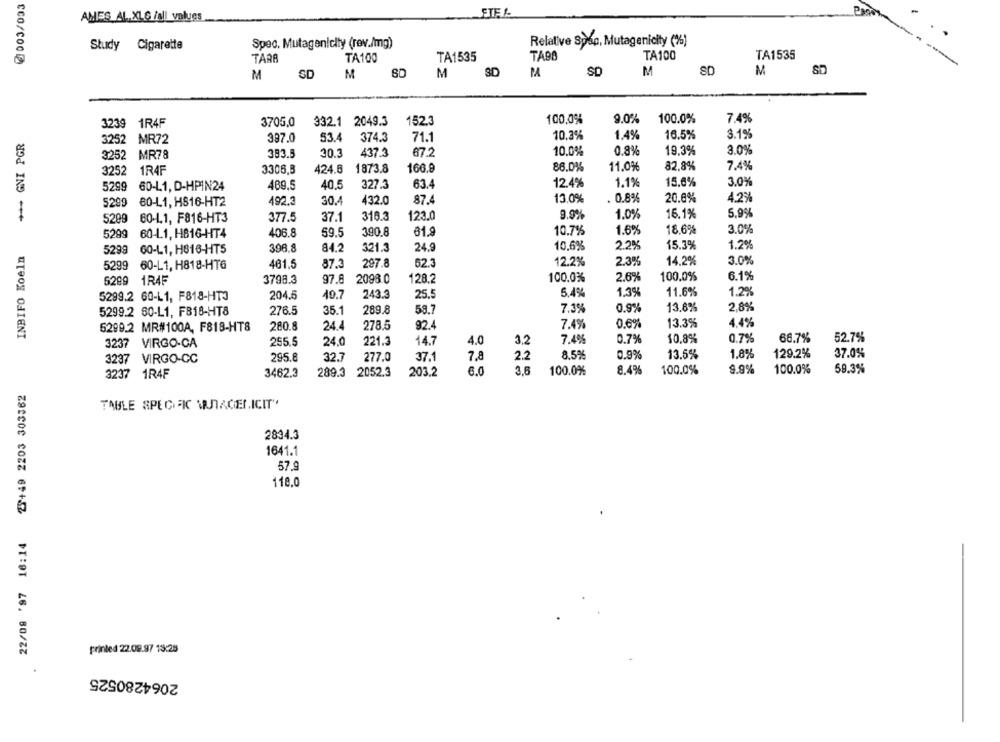
AMES AL.XLG /all values
Spec. Mutagenicity (rev./mg)
Relative Spéc, Mutagenicity (%)
Study Cigarette
TARA
TA100
TA1535
TA98
TA100
TA1535
M
SD
M
SD
M
SD
PA
SD
M
SD
M
7,4%
3239
1R4F
3705,0
332.1 2049.3
152.3
100,0%
9.0%
100.0%
3.1%
INBIFO Koeln +++ GNI PGR
3252
MR72
387.0
53.4
374.3
71.1
10.3%
1.4%
16.5%
3252
MR78
383.5
30.3
437.3
67.2
10.0%
0.8%
19,3%
3.0%
3252
1R4F
3306,3
424.6
1873.8
166.9
86.0%
11.0%
82.8%
7.4%
5299
60-L1, D-HPIN24
489,5
40.5
327.3
63.4
12.4%
1.1%
15.0%
3.0%
30.4
432.0
87.4
13.0%
0.8%
20.8%
4.2%
5299
80-L1, HS16-HT2
492.3
123.0
9.9%
1.0%
16.1%
5,9%
5299
60-1.1, F816-HT3
377.5
37.1
316.3
10.7%
1.6%
18.6%
3.0%
5299
60-L1, HB16-HT4
406.8
59.5
390.8
61.9
1.2%
5299
60-L1, H816-HT5
396.8
84.2
321.3
24.9
10,6%
2.2%
15.3%
5299
60-L1, H818-HT6
461.5
87.3
297.8
62.3
12.2%
2.3%
14.2%
3.0%
6299
1RAF
3798.3
97.8
2098.0
128.2
100.0%
2.6%
100.0%
6.1%
5299.2 60-L1, F818-HT3
204.5
40.7
243.3
25.5
5.4%
1.3%
11.6%
1.2%
5299.2 80-L1, F818-HT8
276.5
35.1
289.8
58.7
7.3%
0.9%
13.8%
2.8%
280.8
24.4
278.5
92.4
7.4%
0.6%
13.3%
4.4%
5299.2 MR#100A, F818-HT8
255.5
24.0
221.3
14.7
4.0
3,2
7.4%
0.7%
10,8%
0.7%
66.7%
52.7%
3237 VIRGO-CA
295.8
32.7
37.1
7.8
2.2
8.5%
0.9%
13.5%
1.8%
129.2%
37.0%
3237 VIRGO-CC
277.0
6.0
3,6
100.0%
8.4%
100.0%
9.9%
100.0%
59.3%
3237 1R4F
3462.3
289.3
2052.3
203.2
22/08 '97 16:14 23+49 2203 303362
TABLE SPECIFIK WUTAGELICIT"
2834.3
1641.1
57.9
118.0
printed 22.09.97 13:25
2064280525